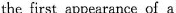
the first appearance of a